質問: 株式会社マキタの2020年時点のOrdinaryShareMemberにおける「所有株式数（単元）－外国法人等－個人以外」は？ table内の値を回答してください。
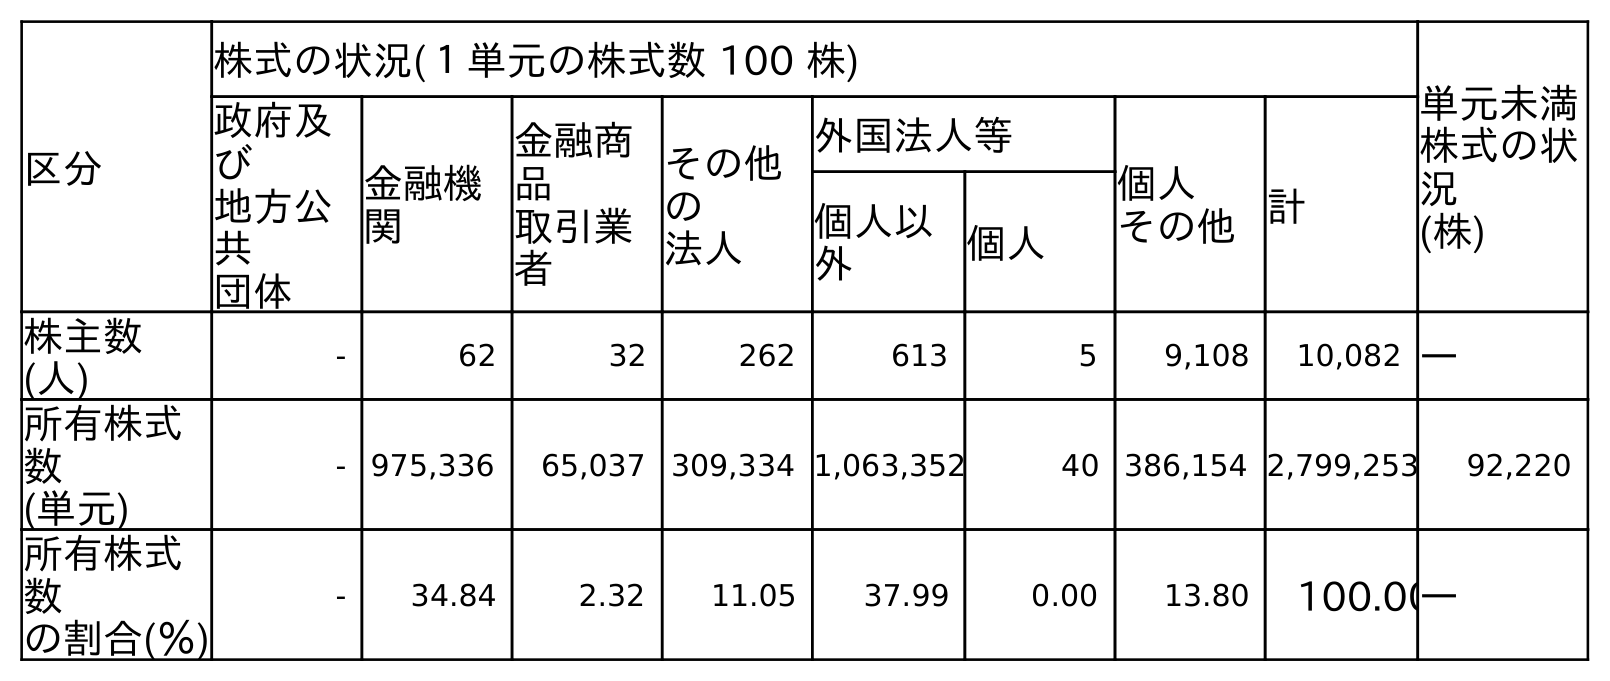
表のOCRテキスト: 区分 株式の状況(１単元の株式数 100 株) 単元未満 株式の状 況 (株) 政府及 び 地方公 共 団体 金融機 関 金融商 品 取引業 者 その他 の 法人 外国法人等 個人 その他計 個人以 外 個人 株主数 (人) - 62 32 262 613 5 9,108 10,082 ― 所有株式 数 (単元) - 975,336 65,037 309,334 1,063,352 40 386,154 2,799,253 92,220 所有株式 数 の割合(％) - 34.84 2.32 11.05 37.99 0.00 13.80 100.00―
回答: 1,063,352